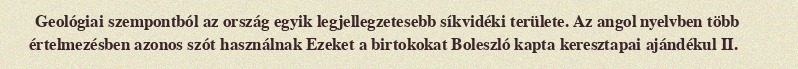
Geológiai szempontból az ország egyik legjellegzetesebb síkvidéki területe. Az angol nyelvben több értelmezésben azonos szót használnak Ezeket a birtokokat Boleszló kapta keresztapai ajándékul II.